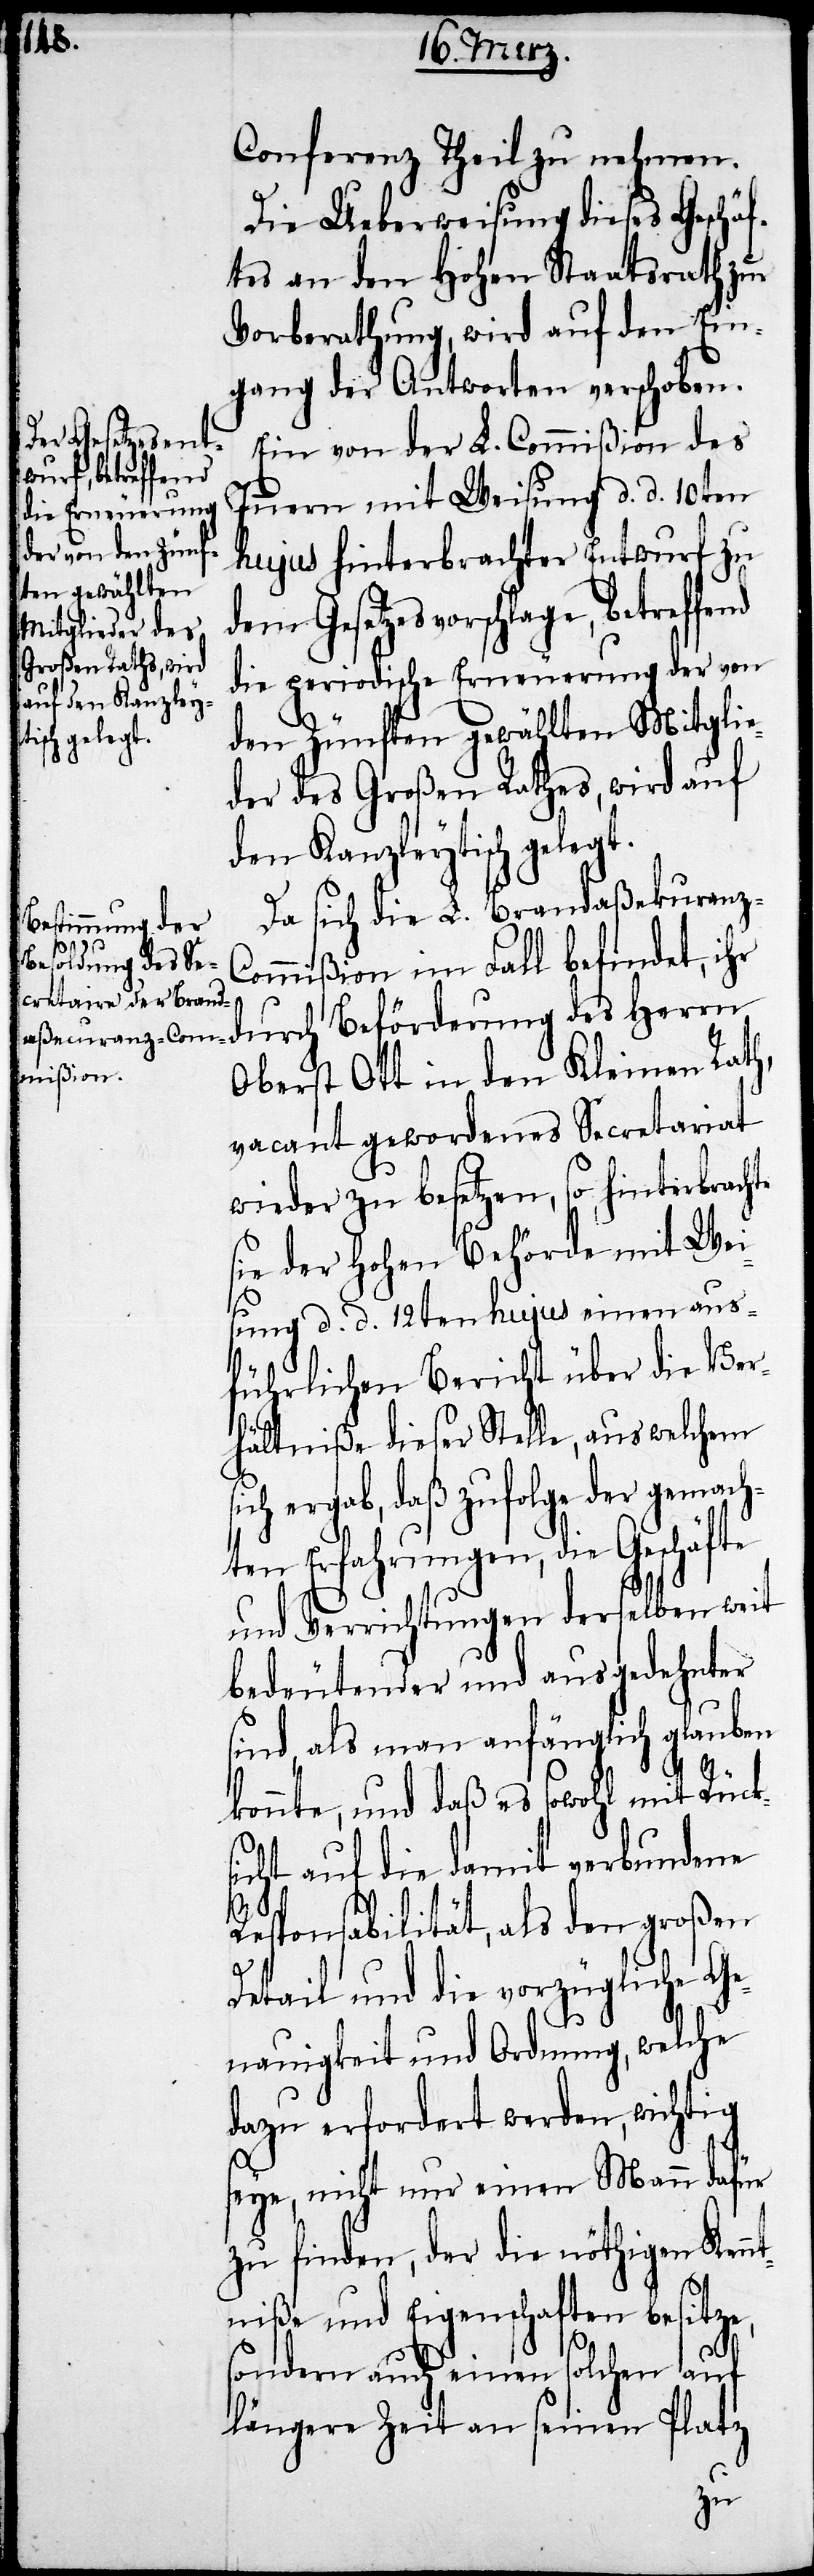
betreffend

Conferenz Theil zu nehmen.
Die Ueberweisung dieses Geschä¬
ftes an den Hohen Staatsrath zu
Vorberathung, wird auf den Ein¬
gang der Antworten verschoben.
Ein von der L. Commißion des
Innern mit Weisung d. d. 10ten
hujus hinterbrachter Entwurf zu
dem Gesetzesvorschlage,
die periodische Erneuerung der von
den Zünften gewählten Mitglie¬
der des Großen Rathes, wird auf
den Kanzleytisch gelegt.
Da sich die L. Brandaßekuranz-C¬
ommißion im Fall befindet, ihr
durch Beförderung des Herrn
Oberst Ott in den Kleinen Rath,
vacant gewordenes Secretariat
wieder zu besetzen, so hinterbrachte
sie der Hohen Behörde mit Wei¬
sung d. d. 12ten hujus einen aus¬
führlichen Bericht über die Ver¬
hältniße dieser Stelle, aus welchem s¬
ich ergab, daß zufolge der gemach¬
ten Erfahrungen, die Geschäfte
und Verrichtungen derselben weit
bedeutender und ausgedehnter
sind, als man anfänglich glauben
konnte, und daß es sowohl mit Rück¬
sicht auf die damit verbundene
Responsabilität, als den großen
Detail und die vorzügliche Ge¬
nauigkeit und Ordnung, welche
dazu erfordert werden, wichtig
seye, nicht nur einen Mann dafür
zu finden, der die nöthigen Kenn¬
tniße und Eigenschaften besitze,
sondern auch einen solchen auf
längere Zeit an seinen Platz